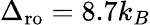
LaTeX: \Delta_{\mathrm{ro}}=8.7k_{B}